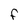
Character: F